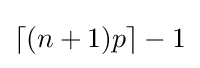
\lceil (n+1)p\rceil -1